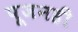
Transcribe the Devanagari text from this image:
पूजनही